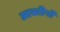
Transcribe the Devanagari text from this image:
आस्तीनों